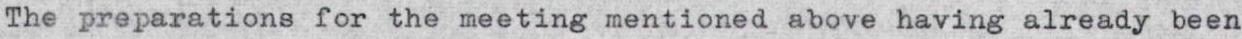
The preparations for the meeting mentioned above having already been